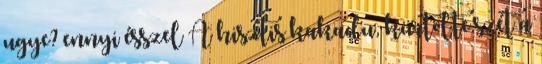
ugye? ennyi ésszel A hisztis kakadu, kürtölte szét a